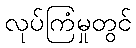
လုပ်ကြံမှုတွင်